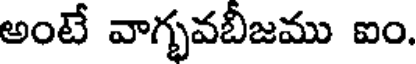
అంటే వాగ్భవబీజము ఐం.